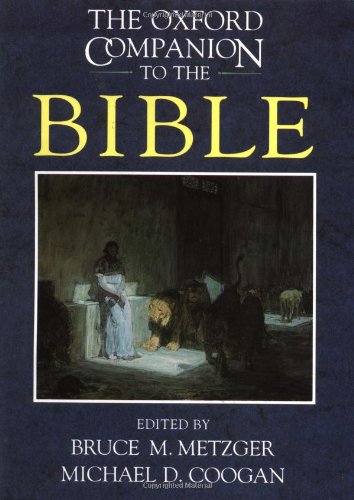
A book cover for The Oxford Companion to the Bible (Oxford Companions); Literature & Fiction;